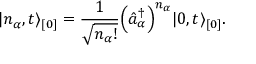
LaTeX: \vert n _ { \alpha } , t \rangle _ { [ 0 ] } = \frac { 1 } { \sqrt { n _ { \alpha } ! } } \Bigl ( \hat { a } _ { \alpha } ^ { \dagger } \Bigr ) ^ { n _ { \alpha } } \vert 0 , t \rangle _ { [ 0 ] } .